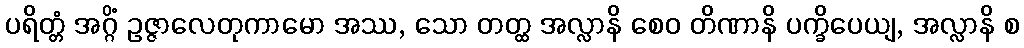
ပရိတ္တံ အဂ္ဂိံ ဥဇ္ဇာလေတုကာမော အဿ, သော တတ္ထ အလ္လာနိ စေဝ တိဏာနိ ပက္ခိပေယျ, အလ္လာနိ စ